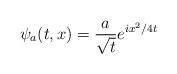
LaTeX: \begin{align*}\psi_{a}(t,x) = \frac{a}{\sqrt{t}}e^{ix^{2}/4t}\end{align*}